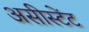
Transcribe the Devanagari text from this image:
असीस्टेंट